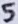
Text: 5